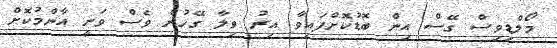
މޯލްޑިވިސް ގޭސް އިން ބޮޑުކޮށްފައިވާ އިރު ވިލާ ގޭހުން ވެސް ވަނީ އާންމުކޮށް